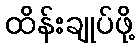
ထိန်းချုပ်ဖို့